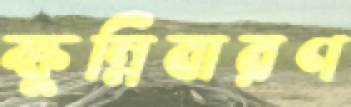
ক্ষুন্নিবারণ